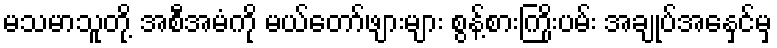
မသမာသူတို့ အစီအမံကို မယ်တော်ဖျားများ စွန့်စားကြိုးပမ်း အချုပ်အနှေင်မှ